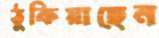
ঠুকিয়াছেন